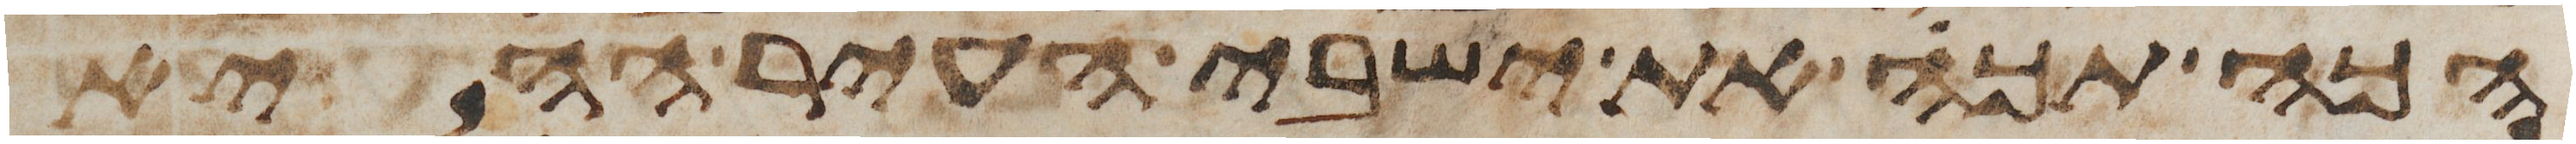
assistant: הכה תכה את ישבי העיר ההיא